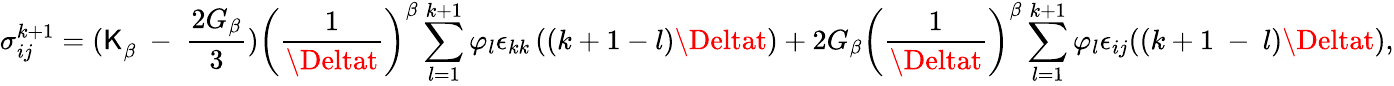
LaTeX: \sigma_{ij}^{k+1}={(\mathsf{K}}_{\beta}\ -\ \frac{{2G_{\beta}}}{{3}})\left(\frac{{1}}{{\Deltat}}\right)^{\beta}\sum_{l=1}^{k+1}\varphi_{l}\epsilon_{kk}\left(\left(k+1-l\right)\Deltat\right)+2G_{\beta}\left(\frac{{1}}{{\Deltat}}\right)^{\beta}\sum_{l=1}^{k+1}\varphi_{l}\epsilon_{ij}((k+1\ -\ l)\Deltat),